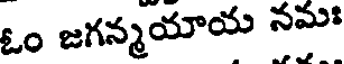
ఓం జగన్మయాయ నమః